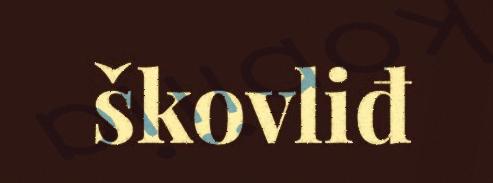
škovliđ